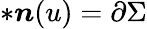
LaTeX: \ast\boldsymbol{n}(u)=\partial\Sigma